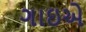
ગાઇએ